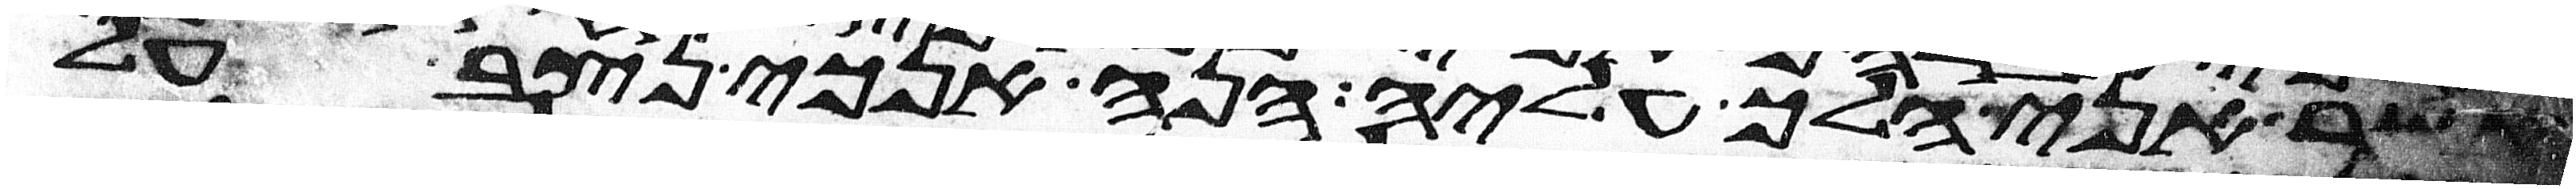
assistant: אשר אני הלך עליה הנה אנכי נצב על